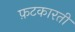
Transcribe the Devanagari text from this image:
फ़टकारती